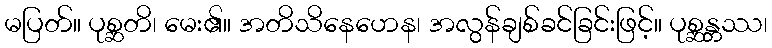
မပြတ်။ ပုစ္ဆတိ၊ မေး၏။ အတိသိနေဟေန၊ အလွန်ချစ်ခင်ခြင်းဖြင့်။ ပုစ္ဆန္တဿ၊